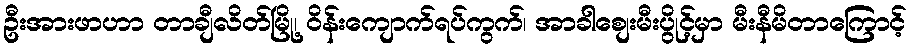
ဦးအားဖာဟာ တာချီလိတ်မြို့၊ ဝိန်းကျောက်ရပ်ကွက်၊ အာခါစျေးမီးပွိုင့်မှာ မီးနီမိတာကြောင့်